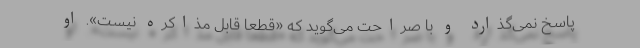
پاسخ نمی‌گذارد و با صراحت می‌گوید که «قطعاً قابل مذاکره نیست». او